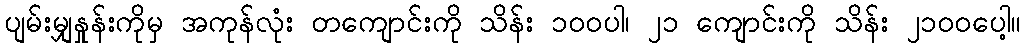
ပျမ်းမျှနှုန်းကိုမှ အကုန်လုံး တကျောင်းကို သိန်း ၁ဝဝပါ၊ ၂၁ ကျောင်းကို သိန်း ၂၁ဝဝပေါ့။